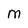
Character: M